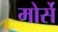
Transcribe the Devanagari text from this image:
मोर्से